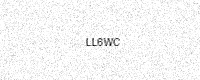
Text: LL6WC